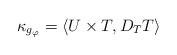
LaTeX: \begin{align*}\kappa _{g_{\varphi }}=\left\langle U\times T,D_{T}T\right\rangle \end{align*}